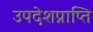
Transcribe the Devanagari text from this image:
उपदेशप्राप्ति